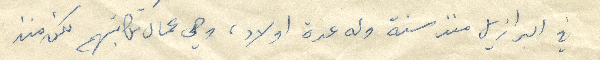
في البرازيل منذ سنة وله عدة اولاد، وهي عمال مكاتبهم لكن منذ